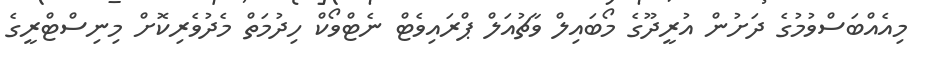
މިއެއްބަސްވުމުގެ ދަށުން އުރީދޫގެ މޯބައިލް ވާޗުއަލް ޕްރައިވެޓް ނެޓްވޯކް ހިދުމަތް މެދުވެރިކޮށް މިނިސްޓްރީގެ